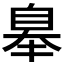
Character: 𦤑